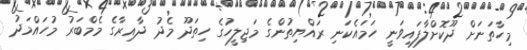
މިހާތަނަށް ދޫކޮށްލާފައިވަނީ ހަމައެކަނި ރައްޔިތުންގެ މަޖިލީހުގެ ހިތަދޫ މެދު ދާއިރާގެ މެމްބަރު މުހައްމަދު